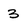
Character: 3